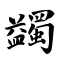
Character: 蠲